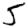
Digit: 5